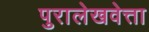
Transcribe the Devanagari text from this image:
पुरालेखवेत्ता